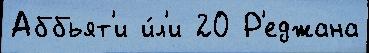
Аббьят'и и́л'и 20 Р'еджана